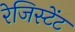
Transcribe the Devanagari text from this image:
रेजिस्टेंट